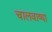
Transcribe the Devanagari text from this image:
चालवाव्या